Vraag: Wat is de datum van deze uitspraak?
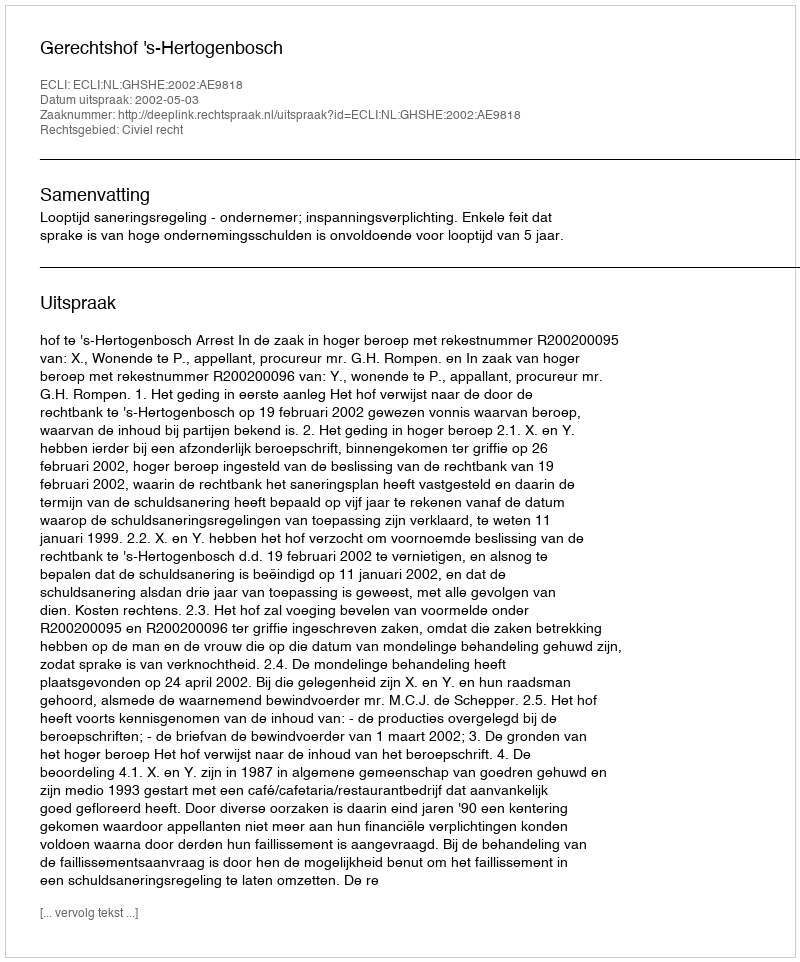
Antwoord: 2002-05-03